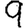
Digit: 9